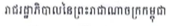
រាជរដ្ឋាភិបាលនៃព្រះរាជណាចក្រកម្ពុជា